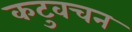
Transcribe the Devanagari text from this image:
कटुवचन